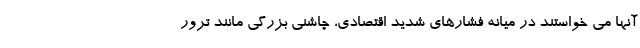
آنها می خواستند در میانه فشارهای شدید اقتصادی، چاشنی بزرگی مانند ترور